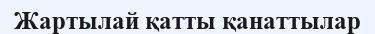
Жартылай қатты қанаттылар